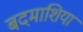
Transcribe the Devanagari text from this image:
बदमाशिया